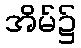
အိမ်၌